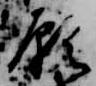
願